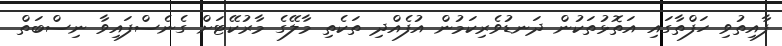
ފާއިތުވި ހަފްތާގައި އަތޮޅުތަކުން ދަނޑުވެރިކަމުން އުފެއްދި ތަކެތި މާލޭގެ މާރުކޭޓަށް ގެނެސްފައިވާ ނިސްބަތް